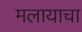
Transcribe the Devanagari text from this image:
मलायाचा